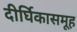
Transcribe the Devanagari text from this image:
दीर्घिकासमूह